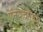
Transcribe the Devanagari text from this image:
ऍनयुद्धसमयी